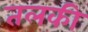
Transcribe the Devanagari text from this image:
तलकी